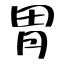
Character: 胃